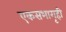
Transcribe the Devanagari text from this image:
एकसभागृही